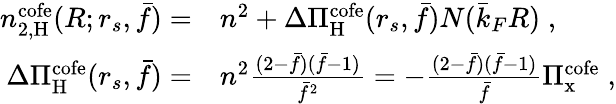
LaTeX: \begin{array}{rl}{n_{2,\mathrm{H}}^{\mathrm{cofe}}(R;r_{s},\bar{f})=}&{n^{2}+\Delta\Pi_{\mathrm{H}}^{\mathrm{cofe}}(r_{s},\bar{f})N(\bar{k}_{F}R)\; ,}\\ {\Delta\Pi_{\mathrm{H}}^{\mathrm{cofe}}(r_{s},\bar{f})=}&{n^{2}\frac{(2-\bar{f})(\bar{f}-1)}{\bar{f}^{2}}=-\frac{(2-\bar{f})(\bar{f}-1)}{\bar{f}}\Pi_{\mathrm{x}}^{\mathrm{cofe}}\; ,}\end{array}